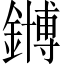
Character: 𫓆